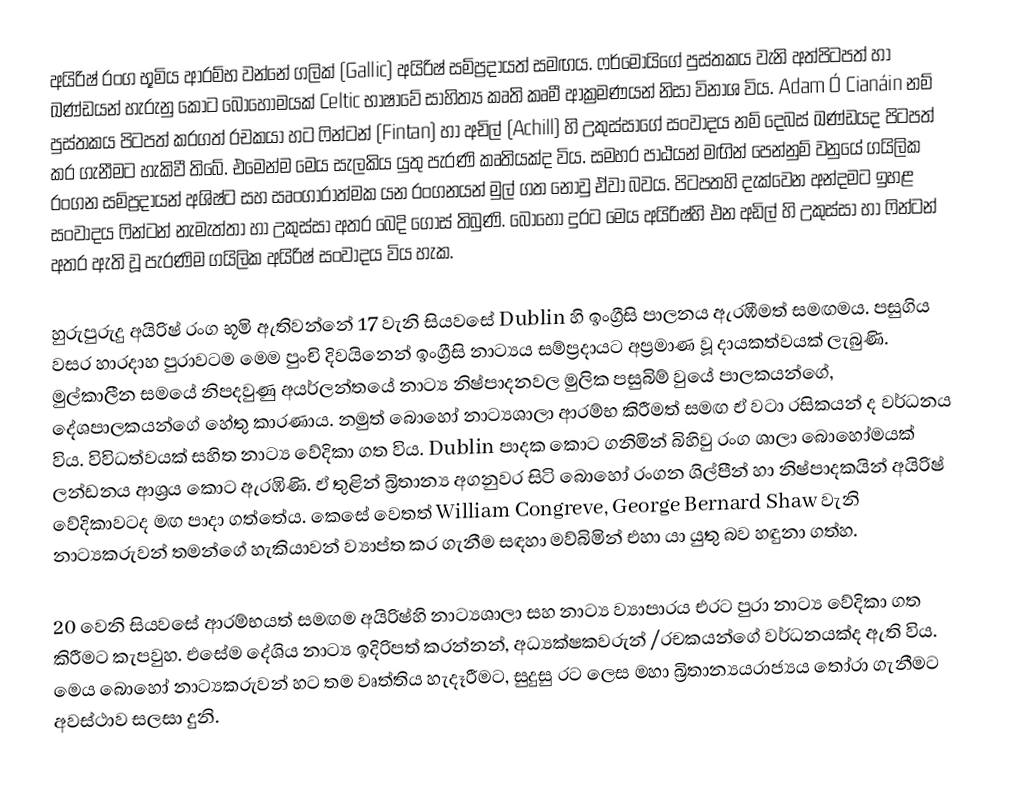
අයිරිෂ් රංග භූමිය ආරම්භ වන්නේ ගලික් (Gallic) අයිරිෂ් සම්ප්‍රදායත් සමඟය. ෆර්මෝයිගේ පුස්තකය වැනි අත්පිටපත් හා ඛණ්ඩයන් හැරුනු කොට බොහොමයක් Celtic භාෂාවේ ‍සාහිත්‍ය කෘති කෘමී ආක්‍රමණයන් නිසා විනාශ විය. Adam Ó Cianáin නම් පුස්තකය පිටපත් කරගත් රචකයා හට ෆින්ටන් (Fintan) හා අචිල්  (Achill) හි උකුස්සාගේ සංවාදය නම් දෙබස් ඛණ්ඩයද පිටපත් කර ගැනීමට හැකිවී  තිබේ. එමෙන්ම මෙය සැලකිය යුතු පැරණි කෘතියක්ද විය. සමහර පාඨයන් මඟින් පෙන්නුම් වනුයේ  ගයිලික රංගන සම්ප්‍රදායන් අශිෂ්ට සහ ‍සෘංගාරාත්මක යන රංගනයන් මුල් ගත නොවු ඒවා බවය. පිටපතහි දැක්වෙන අන්දමට ඉහළ සංවාදය  ෆින්ටන් නැමැත්තා හා උකුස්සා අතර බෙදි ගොස් තිබුණි. බොහෝ දුරට මෙය  අයිරිෂ්හි එන අඩිල් හි උකුස්සා හා  ෆින්ටන් අතර ඇති වූ පැරණිම ගයිලික අයිරිෂ් සංවාදය විය හැක.

හුරුපුරුදු අයිරිෂ් රංග භූමි ඇතිවන්නේ 17  වැනි සියවසේ  Dublin හි ඉංග්‍රීසි  පාලන‍ය ඇරඹීමත් සමඟමය. පසුගිය වසර හාරදාහ පුරාවටම මෙම පුංචි දිවයිනෙන් ඉංග්‍රීසි නාට්‍යය සම්ප්‍රදායට අප්‍රමාණ වූ දායකත්වයක්  ලැබුණි. මුල්කාලීන සමයේ නිපදවුණු අයර්ලන්තයේ නාට්‍ය නිෂ්පාදනවල මුලික පසුබිම් වුයේ පාලකයන්ගේ, දේශපාලකයන්ගේ හේතු කාරණාය. නමුත් බොහෝ නාට්‍යශාලා ආරම්භ කිරීමත් සමඟ ඒ වටා රසිකයන් ද වර්ධනය විය. විවිධත්වයක්  සහිත නාට්‍ය වේදිකා ගත විය.  Dublin පාදක කොට ගනිමින් බිහිවු රංග ශාලා බොහෝමයක් ලන්ඩනය ආශ්‍රය කොට ඇරඹිණි. ඒ තුළින් බ්‍රිතාන්‍ය අගනුවර සිටි බොහෝ රංගන ශිල්පීන් හා නිෂ්පාදකයින් අයිරිෂ්  වේදිකාවටද මඟ පාදා ගත්තේය. කෙසේ වෙතත්  William Congreve, George Bernard Shaw වැනි නාට්‍යකරුවන් තමන්ගේ හැකියාවන් ව්‍යාප්ත කර ගැනීම සඳහා මව්බිමින් එහා යා යුතු බව හඳුනා ගත්හ.

20 වෙනි සියවසේ ආරම්භයත් සමඟම අයිරිෂ්හි නාට්‍යශාලා සහ නාට්‍ය ව්‍යාපාරය  එරට පුරා නාට්‍ය වේදිකා ගත කිරීමට කැපවුහ. එසේම  ‍දේශිය නාට්‍ය ඉදිරිපත් කරන්නන්, අධ්‍යක්ෂකවරුන් /රචකයන්ගේ වර්ධනයක්ද ඇති විය. මෙය ‍බොහෝ නාට්‍යකරුවන් හට තම වෘත්තිය හැදෑරීමට,  සුදුසු රට ලෙස මහා බ්‍රිතාන්‍යයරාජ්‍යය තෝරා ගැනීමට අවස්ථාව සලසා   දුනි.